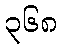
၃၆၈